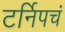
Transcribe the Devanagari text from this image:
टर्निपचं